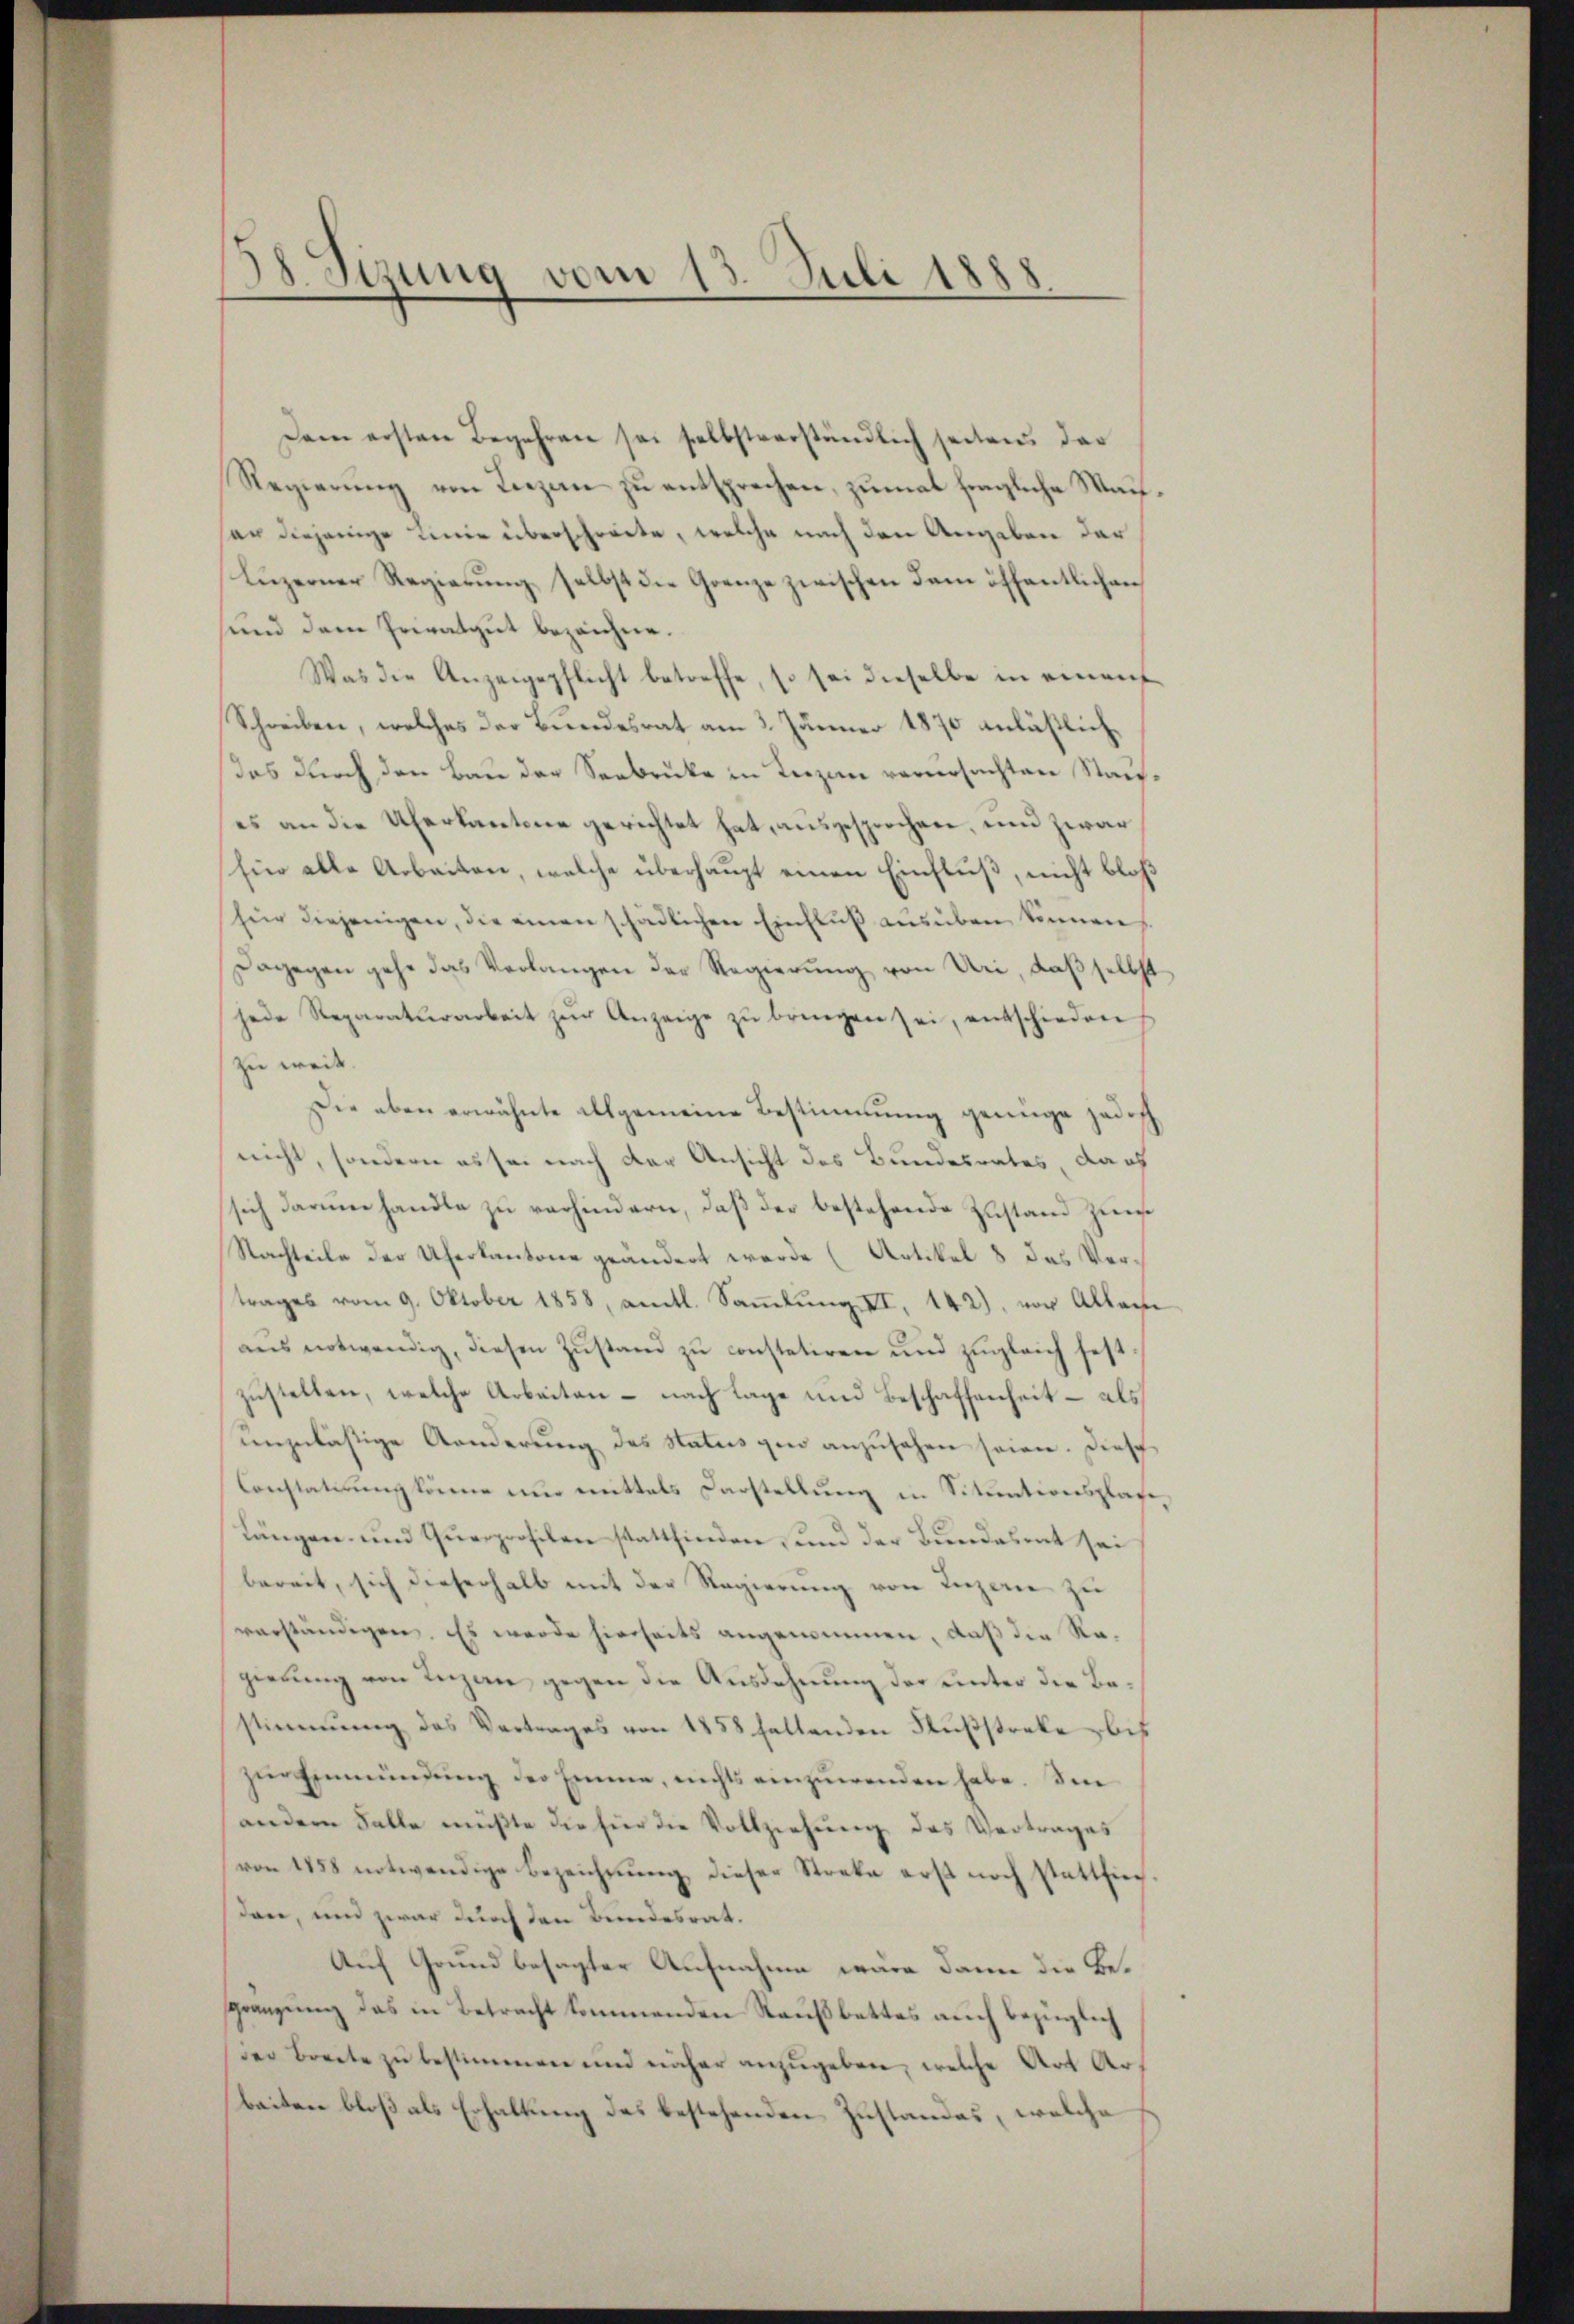
38 Sizung vom 13. Juli 1888

Dem ersten Begehren sei selbstverständlich seitens der
Regierung von Liezen zu entsprechen, zumal fragliche Waisar diejenige Linie überschwörte, welche nach den Angeben der
Lŭzerner Regierŭng selbst die Grenze zwischen dem öffentlichen
und dem Privatgut bezeichne.
Was die Anzeigepflicht betreffe, so sei dieselbe in einan
Schreiben, welches der Bundesrat am 3. Jänner 1870 anläßlichdes durch den Bau der Seebrucke in Terzen verursachten Staues an die Uferkantone gerichtet hat, ausgesprochen, und zwar
Ein alle Arbeiten, welche überhaupt einen Einfluß, nicht bloß
ün diejenigen, die einen schädlichen Einfluß ausüben können,
Dagegen gehe das Verlangen der Regierŭng von Uri, daß selbst
jede Reparaturarbeit zur Anzeige zu bringen sei, entschieden,
zu weit.
Die oben erwähnte allgemeine Bestimmung genüge jedoch
nicht, sondern es sei nach der Ansicht des Bundesrates, da ich
sich darum handle zu verhindern, daß der bestehende Zustand zum
Nachteile der Uherkantone geändert werde (Artikel 8 das Vertrages vom 9. Oktober 1858, amtl. Samlung III 142), vor Allei
aŭs notwendig, diesen Zŭstand zŭ constatiren und zŭgleich fest
zustellen, welche Arbeiten – nach Lage und Beschaffenheit – als
unzulästige Aenderung des Status gen anzusehen seien. Dies
Constatuung könne um mittels Darstellung in Situationsplate
längen und Querprofilen stattfinden und der Bundesent sei
bereit, sich dieserhalb mit der Regierung von Inzer zu
verständigen. Es werde hierseits angenommen, daß die Regierung von Luzan gegen die Ausdehnung der unter die Bestimmung des Vertrages von 1858 haltenden Fŭβstreke bis
zŭr Einmündung der Emme, nichts einzuwenden habe. Im
andern Falle müßte die hier die Vollziehung des Vertrages
von 1858 notwendige Bezeichnung dieser Streke erst noch statthierdare, und zwar durch den Bundesrat.
Auf Grund besagter Aufnahme wäre danne die Begränzung das in Betracht kommenden Raußbettes auch bezüglich
der Breite zu bestimmen und näher anzugeben, welche Art Arbeiten bloß als Erhaltung des bestehenden Zustandes, welche